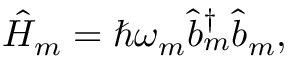
\hat { H } _ { m } = \hbar \omega _ { m } \hat { b } _ { m } ^ { \dagger } \hat { b } _ { m } ,